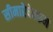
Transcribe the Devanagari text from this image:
सीमारेषेवरून